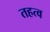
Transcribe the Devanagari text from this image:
तहत्व